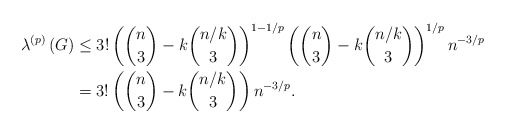
\begin{align*}\lambda^{\left( p\right) }\left( G\right) & \leq3!\left( \binom{n}{3}-k\binom{n/k}{3}\right) ^{1-1/p}\left( \binom{n}{3}-k\binom{n/k}{3}\right) ^{1/p}n^{-3/p}\\& =3!\left( \binom{n}{3}-k\binom{n/k}{3}\right) n^{-3/p}.\end{align*}